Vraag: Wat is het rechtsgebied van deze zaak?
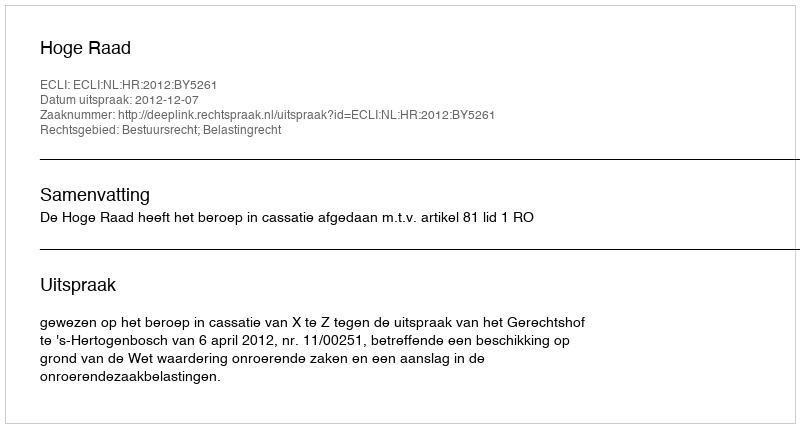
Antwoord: Bestuursrecht; Belastingrecht